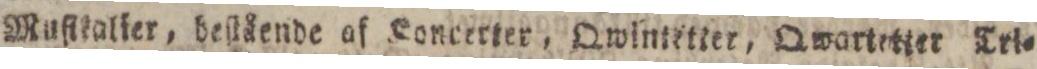
Muſttalier, beſtående af Koncerter, Qwintetter, Qwartetter Tri=